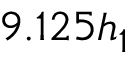
9 . 1 2 5 h _ { 1 }